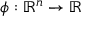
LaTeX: \phi : \mathbb { R } ^ { n } \to \mathbb { R }